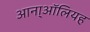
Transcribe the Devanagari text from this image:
आना्ऑलियह